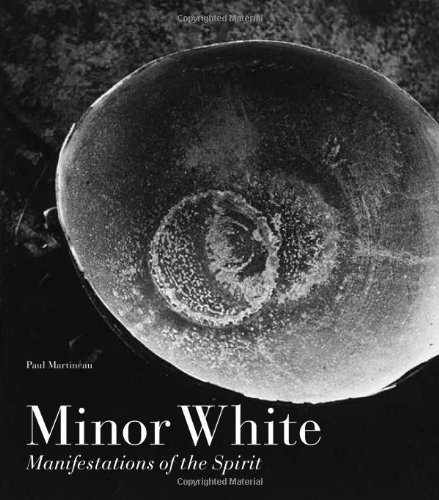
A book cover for Minor White: Manifestations of the Spirit; Paul Martineau; Arts & Photography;